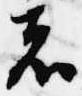
者